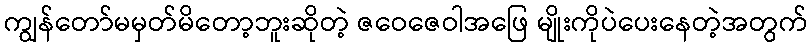
ကျွန်တော်မမှတ်မိတော့ဘူးဆိုတဲ့ ဇဝေဇေဝါအဖြေ မျိုးကိုပဲပေးနေတဲ့အတွက်